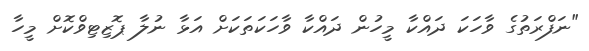
"ނަފްރަތުގެ ވާހަކަ ދައްކާ މީހުން ދައްކާ ވާހަކަތަކަށް އަޅާ ނުލާ ޕޮޒިޓިވްކޮށް މީހާ